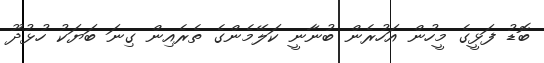
ބޮޑު ފަޅީގެ މީހުން އަހުރެން ބުނާނީ ކަލޭމެންގެ ތެރެއިން ގިނަ ބަޔަކު ހުޅުދޫ